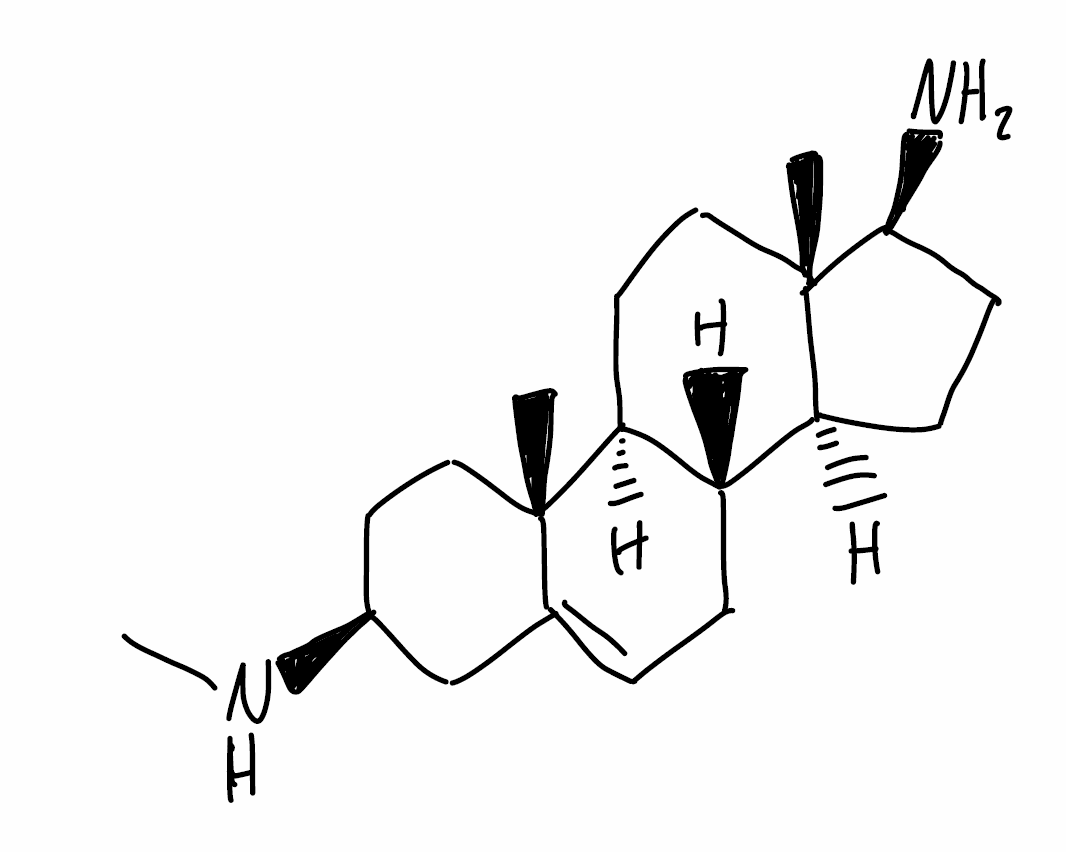
Simplified molecular-input line-entry system (SMILES) notation of the given molecule:
C[C@]12CC[C@H]3[C@H]([C@@H]1CC[C@@H]2N)CC=C4[C@@]3(CC[C@@H](C4)NC)C